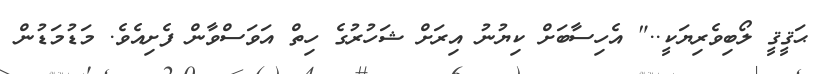
ޙަޤީޤީ ލޯބިވެރިޔަކީ.." އެހިސާބަށް ކިޔުނު އިރަށް ޝަހުރުގެ ހިތް އަވަސްވާން ފެށިއެވެ. މަޑުމަޑުން